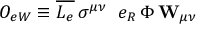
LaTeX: { \cal O } _ { e W } \equiv \overline { { { L _ { e } } } } \, \sigma ^ { \mu \nu } \, { \bf \vec { \tau } } \, e _ { R } \, \Phi \, { \bf W } _ { \mu \nu }